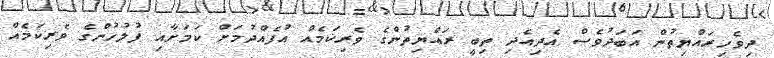
ދިވެހިރައްޔިތުން އަބަދުވެސް އެދިއެދި ތިބީ ރައްޔިތުންގެ ވެރިކަމެއް އުފެއްދުމަށް ކަމަށާއި ފުލުހުންގެ ވެރިކަމެއް